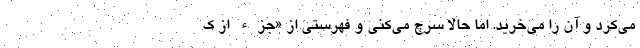
می‌کرد و آن را می‌خرید. اما حالا سرچ می‌کنی و فهرستی از «جزء از ک